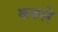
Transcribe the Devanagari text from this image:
करुले